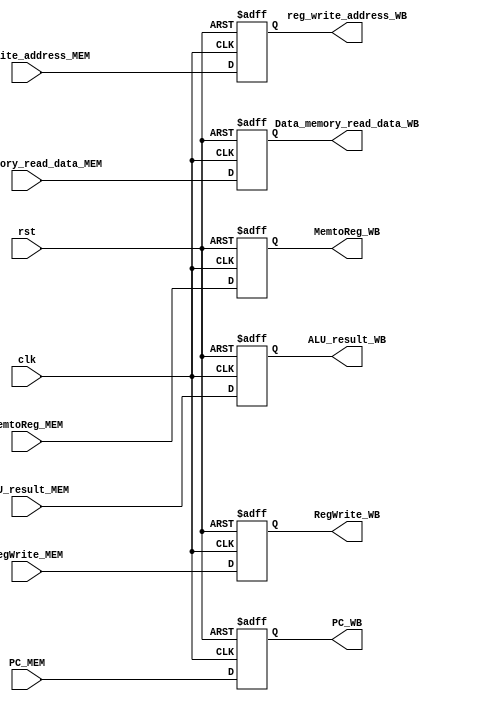
`timescale 1ns/1ps
module MEM_WB (
    input clk ,
    input rst ,
    input [1 : 0] MemtoReg_MEM ,
    input RegWrite_MEM ,
    input [31 : 0] Data_memory_read_data_MEM ,
    input [31 : 0] ALU_result_MEM ,
    input [4 : 0] reg_write_address_MEM ,
    input [31 : 0] PC_MEM ,
    output reg [31 : 0] PC_WB ,
    output reg [1 : 0] MemtoReg_WB ,
    output reg RegWrite_WB ,
    output reg [31 : 0] Data_memory_read_data_WB ,
    output reg [31 : 0] ALU_result_WB ,
    output reg [4 : 0] reg_write_address_WB 
);

always @(posedge clk or posedge rst) begin
    
    if (rst == 1) begin
        MemtoReg_WB <= 0 ;
        RegWrite_WB <= 0 ;
        Data_memory_read_data_WB <= 0 ;
        ALU_result_WB <= 0 ;
        reg_write_address_WB <= 0 ;
        PC_WB <= 0 ;
    end

    else begin
        MemtoReg_WB <= MemtoReg_MEM ;
        RegWrite_WB <= RegWrite_MEM ;
        Data_memory_read_data_WB <= Data_memory_read_data_MEM ;
        ALU_result_WB <= ALU_result_MEM ;
        reg_write_address_WB <= reg_write_address_MEM ;     
        PC_WB <= PC_MEM ;       
    end

end

endmodule //MEM_WB